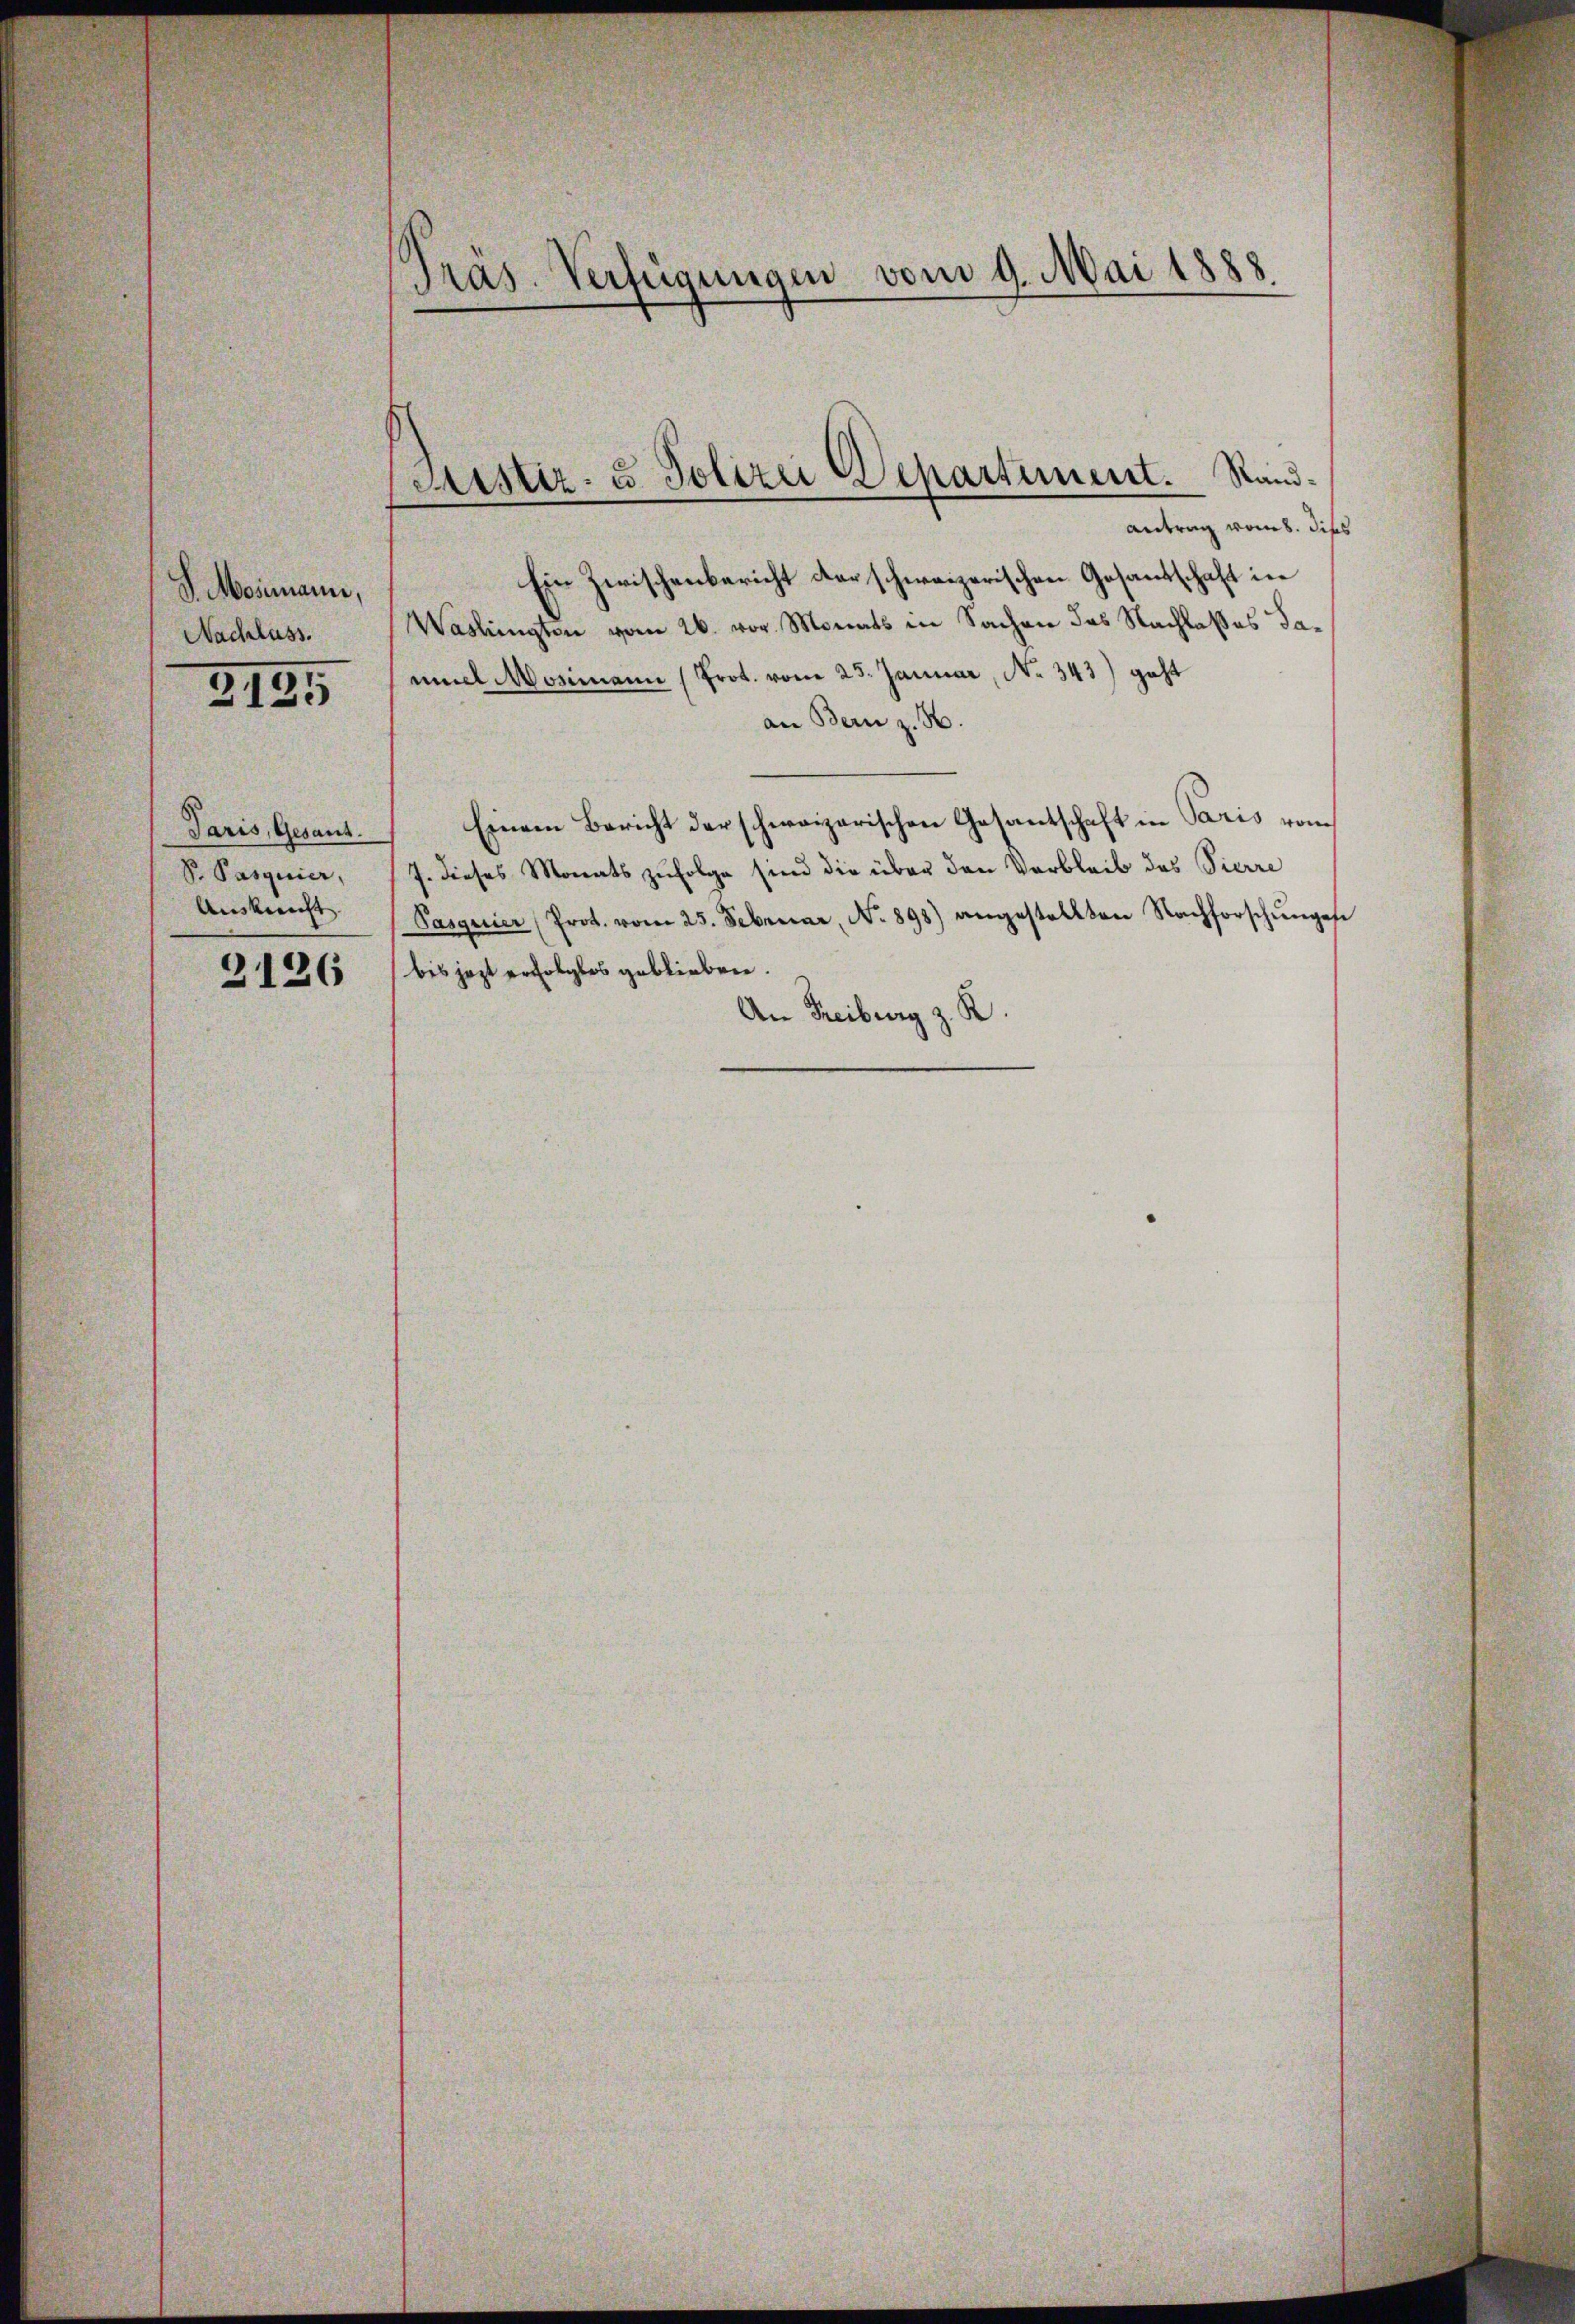
J. Mosimann,
Nachlass.

3195

Jaris, Gesant.
S. Pasquier,
Auskunft.

2126

Pras. Verfügungen vom 9. Mai 1888

Sistiz- u Polizei Departement. Standantrag vom 8. Diss

Ein Zwischenbericht der schweizerischen Gesandschaft in
Waslingten vom 26. vor. Monats in Sachen das Nachlaßes dammel Mosimann (Prot. vom 23. Januar, No. 343) geht
an Bern z. B.
Einem Bericht der schweizerischen Gesantschaft in Paris vom
J. dieses Monats zufolge sind die über den Verbleib des Vierre
Pasquier (Prot. vom 25. Februar, No 898) angestellten Nachforschŭngese
bis jezt erfolgtes geblieben.
An Freiburg z. R.